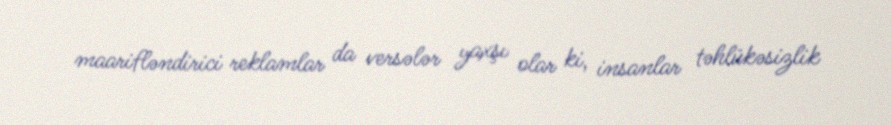
maarifləndirici reklamlar da versələr yaxşı olar ki, insanlar təhlükəsizlik